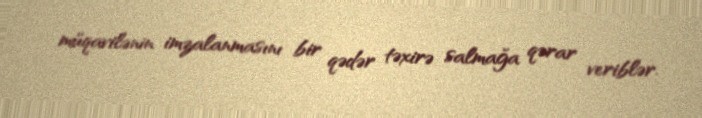
müqavilənin imzalanmasını bir qədər təxirə salmağa qərar veriblər.